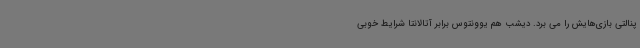
پنالتی بازی‌هایش را می برد. دیشب هم یوونتوس برابر آتالانتا شرایط خوبی